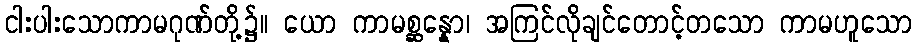
ငါးပါးသောကာမဂုဏ်တို့၌။ ယော ကာမစ္ဆန္နော၊ အကြင်လိုချင်တောင့်တသော ကာမဟူသော